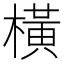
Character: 橫